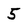
Character: 5